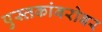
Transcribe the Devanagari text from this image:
पुस्तकांबरोबर